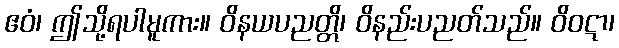
ဧဝံ၊ ဤသို့ရပါမူကား။ ဝိနယပညတ္တိ၊ ဝိနည်းပညတ်သည်။ ဝိဝဋာ၊